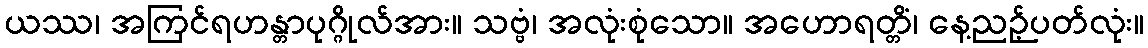
ယဿ၊ အကြင်ရဟန္တာပုဂ္ဂိုလ်အား။ သဗ္ဗံ၊ အလုံးစုံသော။ အဟောရတ္တိံ၊ နေ့ညဉ့်ပတ်လုံး။